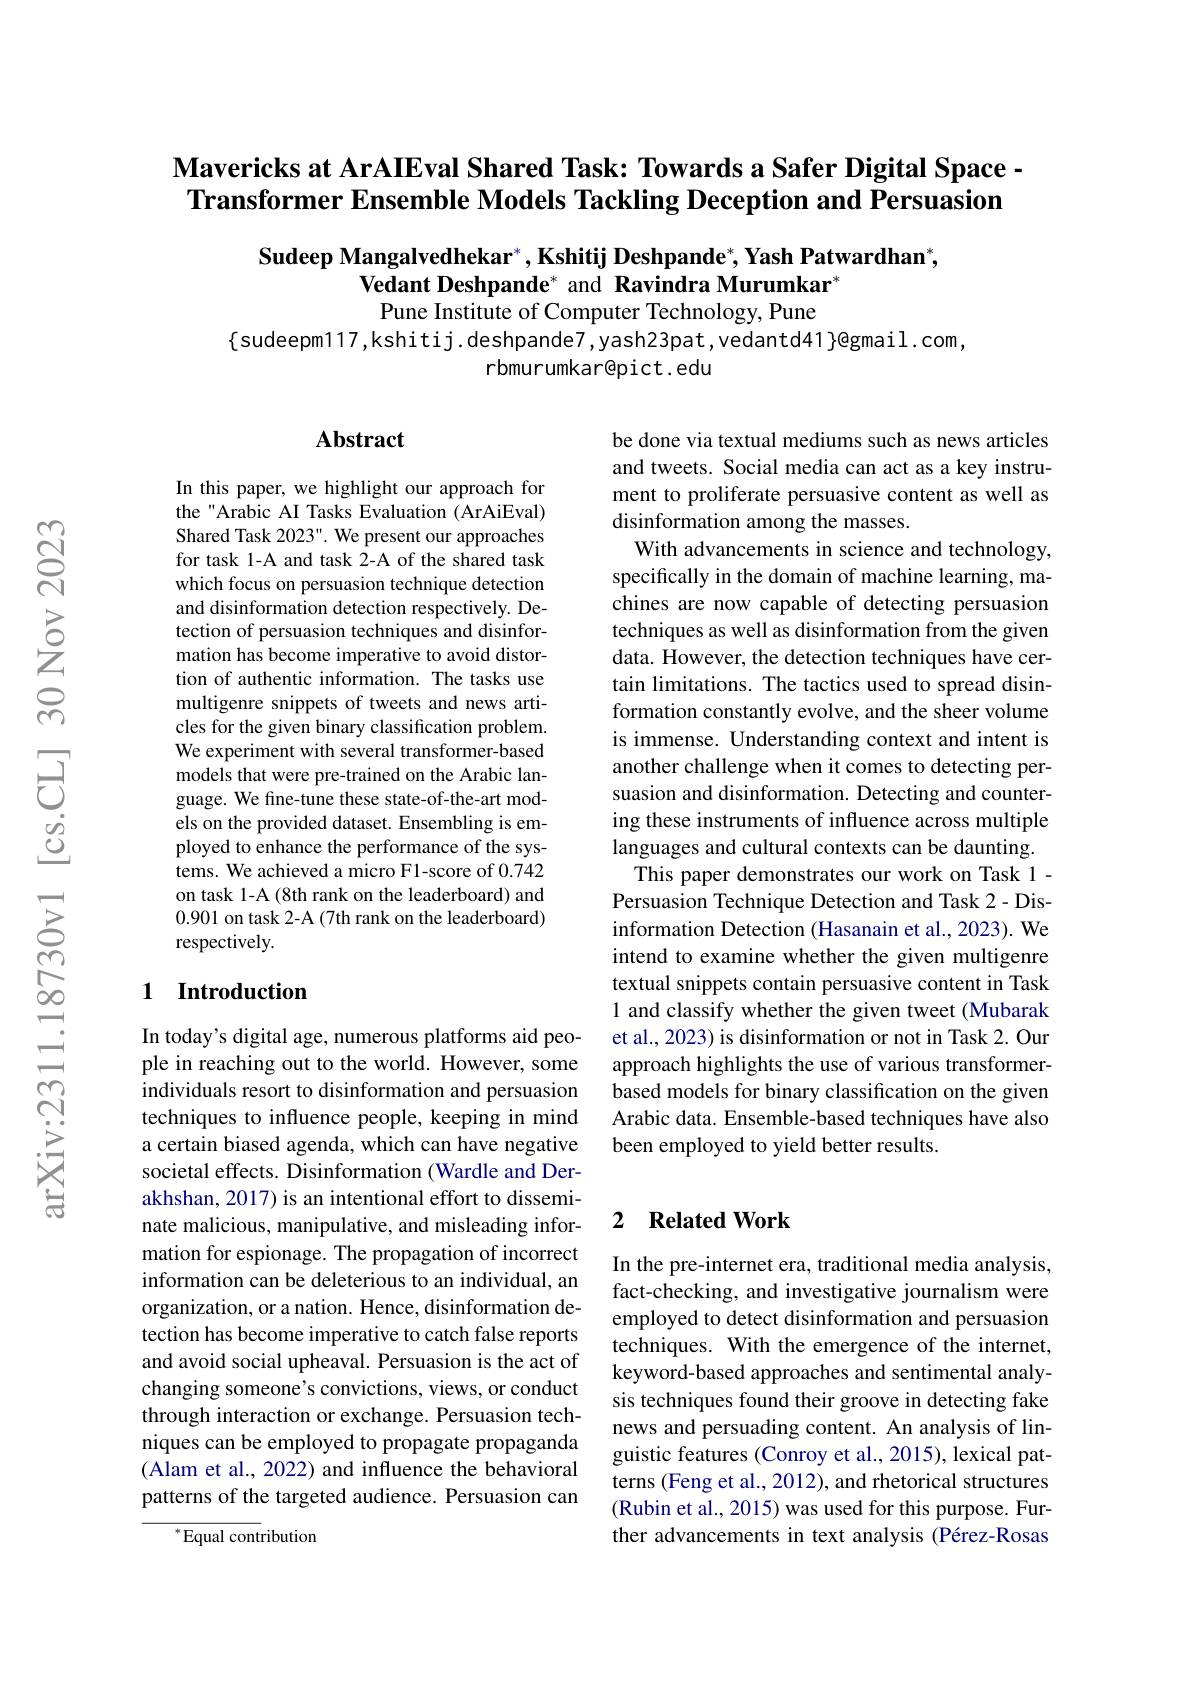
# Mavericks at ArAIEval Shared Task: Towards a Safer Digital Space - Transformer Ensemble Models Tackling Deception and Persuasion

## Sudeep Mangalvedhekar$^*,\textbf{Kshitij Deshpande}^*,\textbf{Yash Patwardhan}^*$, Vedant Deshpande* and Ravindra Murumkar" $\tilde{\text{Pune Institute of Computer Technology, Pune}}$

$\{$sudeepm117,kshitij.deshpande7,yash23pat,vedantd41$\}$@gmail.com,
rbmurumkar@pict.edu

### $\mathbf{Abstract}$

In this paper, we highlight our approach for the "Arabic AI Tasks Evaluation (ArAiEval) Shared Task 2023". We present our approaches for task 1-A and task 2-A of the shared task which focus on persuasion technique detection and disinformation detection respectively. Detection of persuasion techniques and disinformation has become imperative to avoid distortion of authentic information. The tasks use multigenre snippets of tweets and news articles for the given binary classification problem. We experiment with several transformer-based models that were pre-trained on the Arabic language. We fine-tune these state-of-the-art models on the provided dataset. Ensembling is employed to enhance the performance of the systems. We achieved a micro F1-score of 0.742 on task 1-A (8th rank on the leaderboard) and 0.901 on task 2-A (7th rank on the leaderboard) respectively.

be done via textual mediums such as news articles and tweets. Social media can act as a key instrument to proliferate persuasive content as well as disinformation among the masses.
With advancements in science and technology, specifically in the domain of machine learning, machines are now capable of detecting persuasion techniques as well as disinformation from the given data. However, the detection techniques have certain limitations. The tactics used to spread disinformation constantly evolve, and the sheer volume is immense. Understanding context and intent is another challenge when it comes to detecting persuasion and disinformation. Detecting and countering these instruments of influence across multiple languages and cultural contexts can be daunting.
This paper demonstrates our work on Task 1- Persuasion Technique Detection and Task 2- Disinformation Detection (Hasanain et al., 2023). We intend to examine whether the given multigenre textual snippets contain persuasive content in Task 1 and classify whether the given tweet (Mubarak et al., 2023) is disinformation or not in Task 2. Our approach highlights the use of various transformerbased models for binary classification on the given Arabic data. Ensemble-based techniques have also been employed to yield better results.

### 1 Introduction

### 2 $\textbf{Related Work}$

In today's digital age, numerous platforms aid people in reaching out to the world. However, some individuals resort to disinformation and persuasion techniques to influence people, keeping in mind a certain biased agenda, which can have negative societal effects. Disinformation (Wardle and Derakhshan, 2017) is an intentional effort to disseminate malicious, manipulative, and misleading information for espionage. The propagation of incorrect information can be deleterious to an individual, an organization, or a nation. Hence, disinformation detection has become imperative to catch false reports and avoid social upheaval. Persuasion is the act of changing someone's convictions, views, or conduct through interaction or exchange. Persuasion techniques can be employed to propagate propaganda (Alam et al., 2022) and influence the behavioral patterns of the targeted audience. Persuasion can

In the pre-internet era, traditional media analysis, fact-checking, and investigative journalism were employed to detect disinformation and persuasion techniques. With the emergence of the internet, keyword-based approaches and sentimental analysis techniques found their groove in detecting fake news and persuading content. An analysis of linguistic features (Conroy et al., 2015), lexical patterns (Feng et al., 2012), and rhetorical structures (Rubin et al., 2015) was used for this purpose. Further advancements in text analysis (Pérez-Rosas

$^{*}$Equal contribution